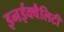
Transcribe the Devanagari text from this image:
इनईक्वैलिटी